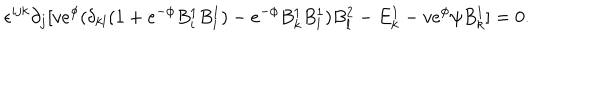
LaTeX: \epsilon ^ { i j k } \partial _ { j } [ v e ^ { \phi } ( \delta _ { k l } ( 1 + e ^ { - \phi } B _ { i } ^ { 1 } B _ { i } ^ { 1 } ) - e ^ { - \phi } B _ { k } ^ { 1 } B _ { l } ^ { 1 } ) B _ { l } ^ { 2 } - E _ { k } ^ { 1 } - v e ^ { \phi } \psi B _ { k } ^ { 1 } ] = 0 .